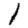
Digit: 1